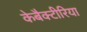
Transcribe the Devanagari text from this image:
केबैक्टीरिया